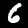
Label: 6